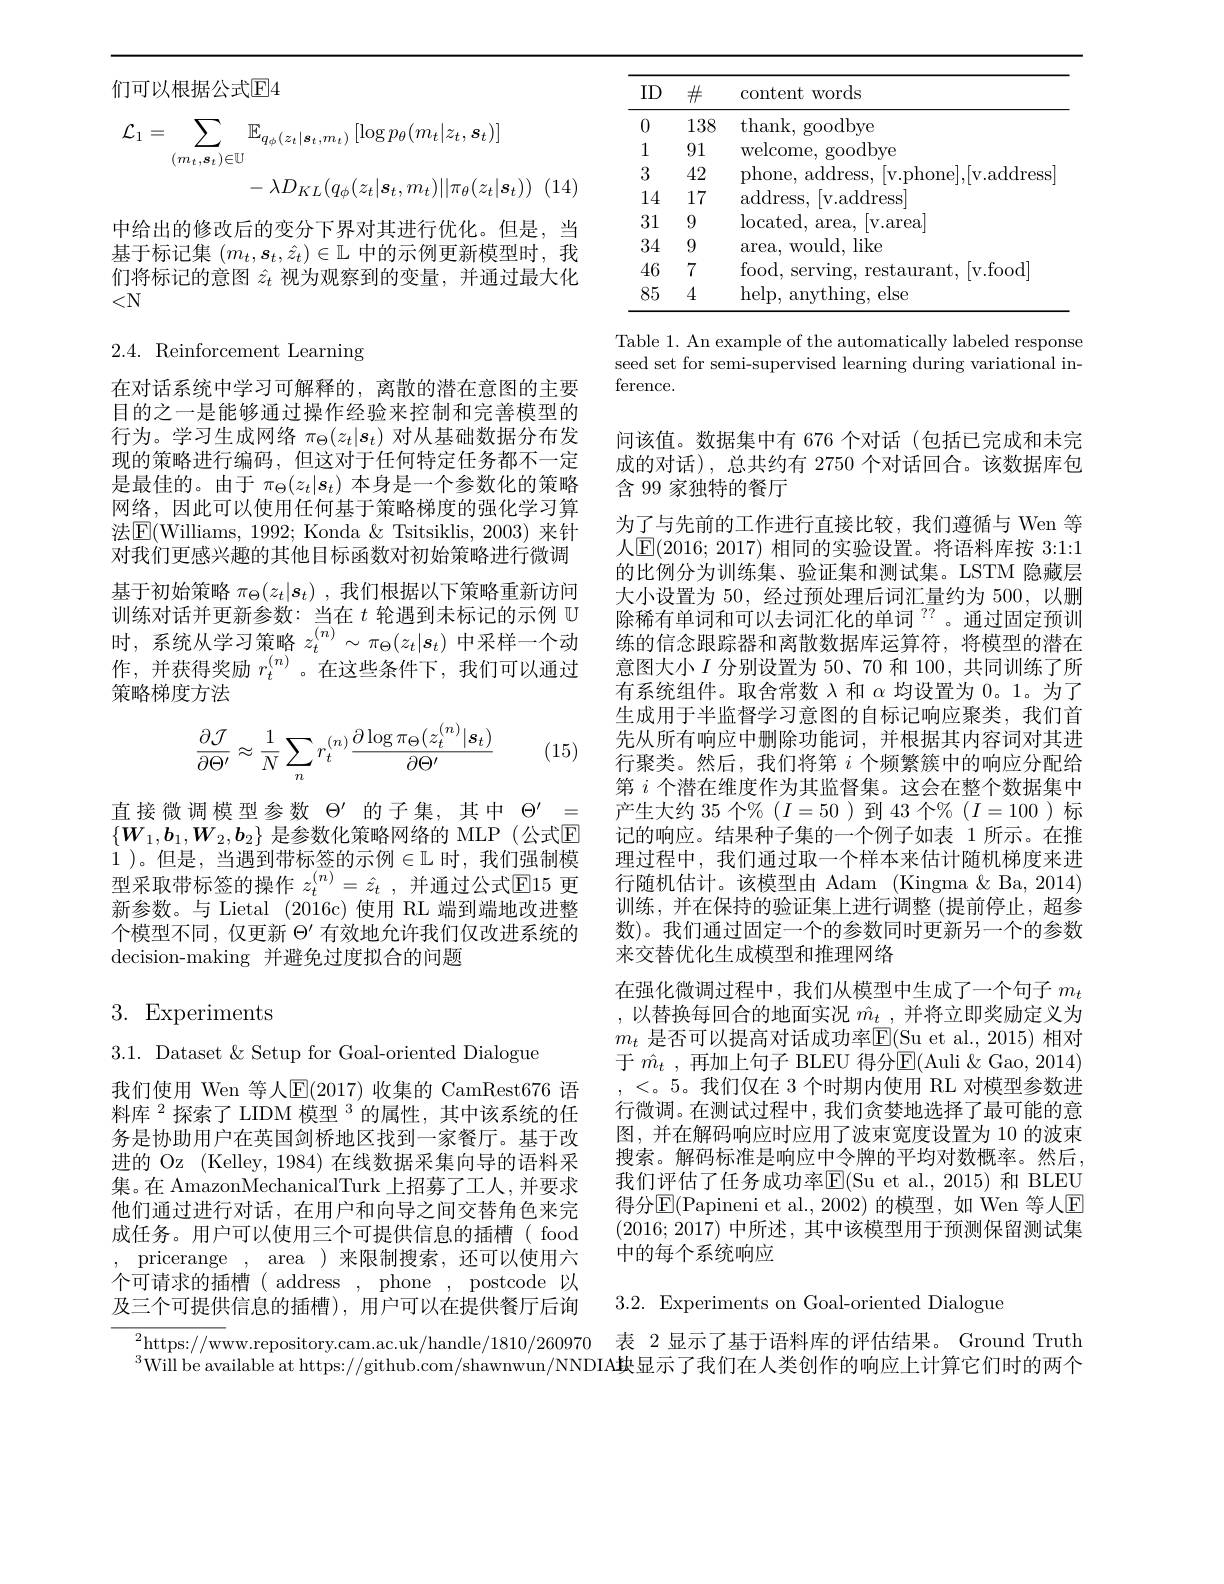
们可以根据公式$\mathbb{E}4$
$$\begin{aligned}\mathcal{L}_{1}&=\sum_{(m_{t},\boldsymbol{s}_{t})\in\mathbb{U}}\mathbb{E}_{q_{\phi}(z_{t}|\boldsymbol{s}_{t},m_{t})}\left[\log p_{\theta}(m_{t}|z_{t},\boldsymbol{s}_{t})\right]\\&-\lambda D_{KL}(q_{\phi}(z_{t}|\boldsymbol{s}_{t},m_{t})||\pi_{\theta}(z_{t}|\boldsymbol{s}_{t}))\end{aligned}$$
中给出的修改后的变分下界对其进行优化。但是，当基于标记集$(m_t,\boldsymbol{s}_t,\hat{z}_t)\in\mathbb{L}$中的示例更新模型时，我们将标记的意图$\hat{z}_t$视为观察到的变量，并通过最大化$<\mathbb{N}$

2.4. Reinforcement Learning

在对话系统中学习可解释的，离散的潜在意图的主要目的之一是能够通过操作经验来控制和完善模型的行为。学习生成网络$\pi_\Theta(z_t|s_t)$对从基础数据分布发现的策略进行编码，但这对于任何特定任务都不一定是最佳的。由于$\pi_\Theta(z_t|s_t)$本身是一个参数化的策略网络，因此可以使用任何基于策略梯度的强化学习算法$\boxed{\mathrm{E}}($Williams, 1992; Konda $\&$ Tsitsiklis, 2003) 来针对我们更感兴趣的其他目标函数对初始策略进行微调基于初始策略$\pi_\Theta(z_t|\boldsymbol{s}_t)$ ,我们根据以下策略重新访问训练对话并更新参数：当在$t$轮遇到未标记的示例$U$ 时，系统从学习策略$z_t^{(n)}\sim\pi_\Theta(z_t|\boldsymbol{s}_t)$中采样一个动作，并获得奖励$r_t^{(n)}$。在这些条件下，我们可以通过策略梯度方法

(15)
$$\begin{aligned}\frac{\partial\mathcal{J}}{\partial\Theta'}\approx\frac{1}{N}\sum_nr_t^{(n)}\frac{\partial\log\pi_\Theta(z_t^{(n)}|\boldsymbol{s}_t)}{\partial\Theta'}\end{aligned}$$
直接微调模型参数$\Theta^\prime$的子集，其中$\Theta^\prime=$ $\{\boldsymbol{W}_1,\boldsymbol{b}_1,\boldsymbol{W}_2,\boldsymbol{b}_2\}$ 是参数化策略网络的 MLP(公式$\overline{\mathbb{E}}$ 1 )。但是，当遇到带标签的示例$\in\mathbb{L}$ 时，我们强制模型采取带标签的操作 $z_t^{(n)}=\hat{z}_t$ ,并通过公式$\mathbb{E}$15 更新参数。与 Lietal (2016c)使用 RL 端到端地改进整个模型不同，仅更新$\Theta^{\prime}$有效地允许我们仅改进系统的decision-making 并避免过度拟合的问题

# 3. Experiments

3.1. Dataset & Setup for Goal-oriented Dialogue
我们使用 Wen 等人$\operatorname{E}(2017)$ 收集的 CamRest676 语料库$^{2}$探索了 LIDM 模型$^{3}$的属性，其中该系统的任务是协助用户在英国剑桥地区找到一家餐厅。基于改进的 Oz (Kelley, 1984) 在线数据采集向导的语料采集。在 AmazonMechanicalTurk 上招募了工人，并要求他们通过进行对话，在用户和向导之间交替角色来完成任务。用户可以使用三个可提供信息的插槽( food , pricerange , area )来限制搜索，还可以使用六个可请求的插槽( address , phone , postcode 以及三个可提供信息的插槽),用户可以在提供餐厅后询

<table>
	<tbody>
		<tr>
			<th>ID</th>
			<th>$\#$</th>
			<th>content words</th>
		</tr>
		<tr>
			<td>0</td>
			<td>138</td>
			<td>thank, goodbye</td>
		</tr>
		<tr>
			<td>1</td>
			<td>91</td>
			<td>welcome, goodbye</td>
		</tr>
		<tr>
			<td>3</td>
			<td>42</td>
			<td>[v.phone],[v.address phone, address,</td>
		</tr>
		<tr>
			<td>14</td>
			<td>17</td>
			<td>${\mathrm{address}}$, [v. address]</td>
		</tr>
		<tr>
			<td>31</td>
			<td>9</td>
			<td>located, area, $\left|\mathrm{v.area}\right|$</td>
		</tr>
		<tr>
			<td>34</td>
			<td>9</td>
			<td>area, would, like</td>
		</tr>
		<tr>
			<td>46</td>
			<td>7</td>
			<td>food, serving, restaurant, [v. food]</td>
		</tr>
		<tr>
			<td>85</td>
			<td>4</td>
			<td>help, anything, else</td>
		</tr>
	</tbody>
</table>

Table 1. An example of the automatically labeled response seed set for semi-supervised learning during variational in- $\operatorname{ference}.$

间该值。数据集中有 676 个对话(包括已完成和未完成的对话),总共约有 2750 个对话回合。该数据库包含 99 家独特的餐厅
为了与先前的工作进行直接比较，我们遵循与 Wen 等人$\operatorname{E}(2016;2017)$ 相同的实验设置。将语料库按 3:1:1的比例分为训练集、验证集和测试集。LSTM 隐藏层大小设置为 50, 经过预处理后词汇量约为 500, 以删除稀有单词和可以去词汇化的单词$^{??}$。通过固定预训练的信念跟踪器和离散数据库运算符，将模型的潜在意图大小$I$分别设置为 50、70 和 100,共同训练了所有系统组件。取舍常数$\lambda$和$\alpha$均设置为 0。1。为了生成用于半监督学习意图的自标记响应聚类，我们首先从所有响应中删除功能词，并根据其内容词对其进行聚类。然后，我们将第$i$个频繁簇中的响应分配给第$i$个潜在维度作为其监督集。这会在整个数据集中产生大约 35 个% $(I=50)$ 到 43 个$\%(I=100)$ 标记的响应。结果种子集的一个例子如表 1 所示。在推理过程中，我们通过取一个样本来估计随机梯度来进行随机估计。该模型由 Adam (Kingma & Ba, 2014) 训练，并在保持的验证集上进行调整 (提前停止，超参数)。我们通过固定一个的参数同时更新另一个的参数来交替优化生成模型和推理网络
在强化微调过程中，我们从模型中生成了一个句子$m_t$ ,以替换每回合的地面实况 $\hat{m}_t$, 并将立即奖励定义为$m_t$ 是否可以提高对话成功率$\mathsf{E}($Su et al., 2015) 相对于 $\hat{m}_t$ ,再加上句子 BLEU 得分$\mathbb{E}($Auli &Gao, 2014) ,<。5。我们仅在 3 个时期内使用 RL 对模型参数进行微调。在测试过程中，我们贪婪地选择了最可能的意图，并在解码响应时应用了波束宽度设置为 10 的波束搜索。解码标准是响应中令牌的平均对数概率。然后， 我们评估了任务成功率E$( Su et al. , 2015) $和 BLEU 得分$\mathbb{E}($Papineni et al.,2002)的模型，如 Wen 等人$\mathbb{E}$ (2016;2017)中所述，其中该模型用于预测保留测试集中的每个系统响应

3.2. Experiments on Goal-oriented Dialogue

$\overline{{_{a}^{2}\text{https://w}}}$ww.repository.cam.ac.uk/handle/1810/260970 表 2 显示了基于语料库的评估结果。Ground Truth $^{3}$Will be available at https://github.com/shawnwun/NNDIA块显示了我们在人类创作的响应上计算它们时的两个